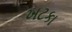
ખટકા